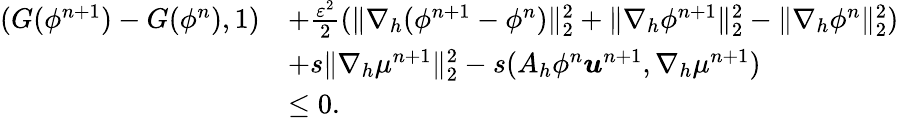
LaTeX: \begin{array}{rl}{(G(\phi^{n+1})-G(\phi^{n}),1)}&{+\frac{\varepsilon^{2}}{2}(\| \nabla_{h}(\phi^{n+1}-\phi^{n})\| _{2}^{2}+\| \nabla_{h}\phi^{n+1}\| _{2}^{2}-\| \nabla_{h}\phi^{n}\| _{2}^{2})}\\ &{+s\| \nabla_{h}\mu^{n+1}\| _{2}^{2}-s(A_{h}\phi^{n}\boldsymbol{u}^{n+1},\nabla_{h}\mu^{n+1})}\\ &{\leq 0.}\end{array}